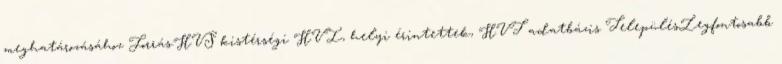
meghatározásához Forrás:HVS kistérségi HVI, helyi érintettek, HVT adatbázis TelepülésLegfontosabb